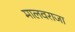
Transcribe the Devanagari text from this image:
मालवराजा